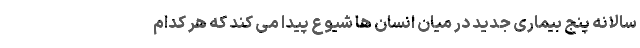
سالانه پنج بیماری جدید در میان انسان ها شیوع پیدا می کند که هر کدام